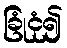
ခြုံငုံ၍